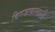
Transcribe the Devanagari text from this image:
विरजणासाठी